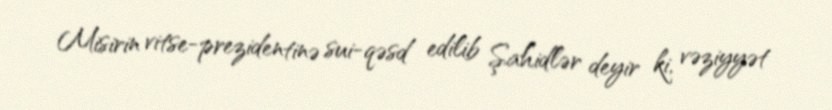
Misirin vitse-prezidentinə sui-qəsd edilib Şahidlər deyir ki, vəziyyət